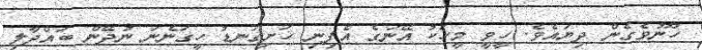
ހޫނުވެގެން ދިޔައެވެ. ހީވީ މީހަކު އޭނަގެ އެފިނި ހަށިގަނޑު ހީގަނެނަ ނުދޭން ބައްދާލި